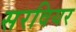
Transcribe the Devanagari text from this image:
सरवियर